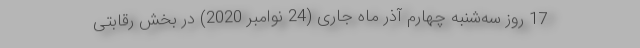
17 روز سه‌شنبه چهارم آذر ماه جاری (24 نوامبر 2020) در بخش رقابتی